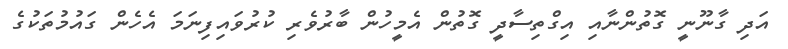
އަދި ގާނޫނީ ގޮތުންނާއި އިގްތިސާދީ ގޮތުން އެމީހުން ބާރުވެރި ކުރުވައިފިނަމަ އެހެން ގައުމުތަކުގެ